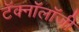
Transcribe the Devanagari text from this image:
टॅक्नॉलॉजी